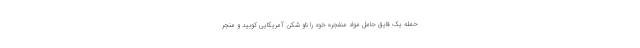
حمله یک قایق حامل مواد منفجره خود را ناو شکن آمریکایی کوبید و منجر